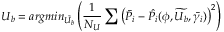
U _ { b } = a r g m i n _ { \tilde { U _ { b } } } \left( \frac { 1 } { N _ { U } } \sum \left( \bar { P _ { i } } - \hat { P _ { i } } ( \phi , \widetilde { U _ { b } } , \bar { \gamma _ { i } } ) \right) ^ { 2 } \right)